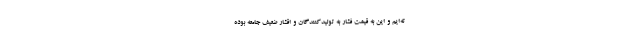
ته‌ایم و این به قیمت فشار به تولیدکنندگان و اقشار ضعیف جامعه بوده